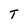
Character: T